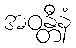
အဝန္တီနံ